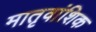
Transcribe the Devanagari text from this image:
मातृवांशिक